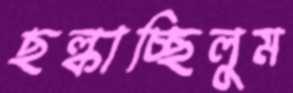
ছল্‌কাচ্ছিলুম